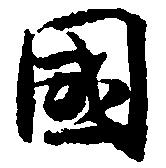
国